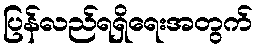
ပြန်လည်ရရှိရေးအတွက်